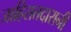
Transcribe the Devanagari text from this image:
जाहिरातदारानी